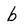
Character: b